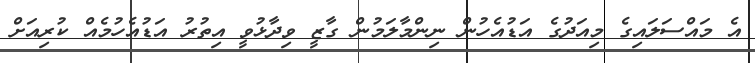
އެ މައްސަލައިގެ މިއަދުގެ އަޑުއެހުން ނިންމާލަމުން ގާޒީ ވިދާޅުވީ އިތުރު އަޑުއެހުމެއް ކުރިއަށް